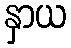
နှာယ